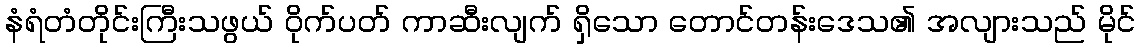
နံရံတံတိုင်းကြီးသဖွယ် ဝိုက်ပတ် ကာဆီးလျက် ရှိသော တောင်တန်းဒေသ၏ အလျားသည် မိုင်